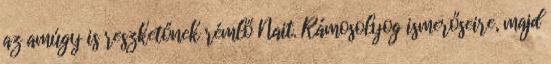
az amúgy is reszketőnek rémlő Nait. Rámosolyog ismerőseire, majd